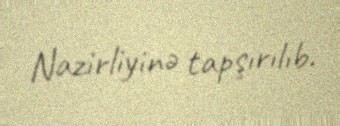
Nazirliyinə tapşırılıb.